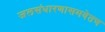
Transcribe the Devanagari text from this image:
जलसंधारणासमवेतच